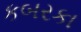
કબરકા